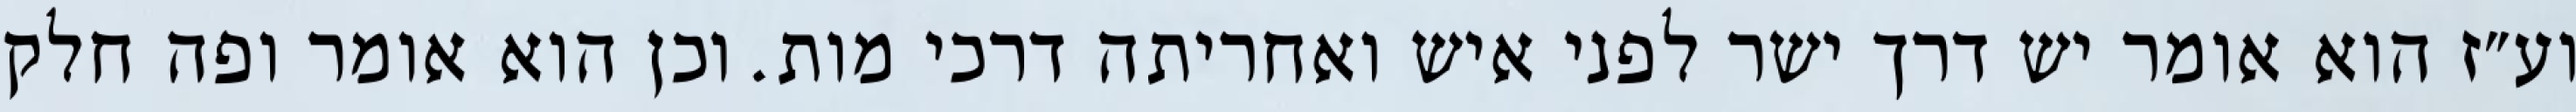
וע״ז הוא אומר יש דרך ישר לפני איש ואחריתה דרכי מות. וכן הוא אומר ופה חלק